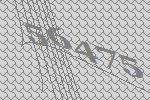
56475